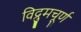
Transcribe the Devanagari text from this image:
विद्रुमचूर्ण